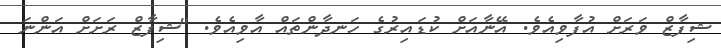
ޝިފާޒް ވަރަށް އުފާވިއެވެ. އޭނާއަށް ކުޑައިރުގެ ހަނދާންތައް އާވިއެވެ. "ޝިފާޒް ރަށަށް އަންނަ